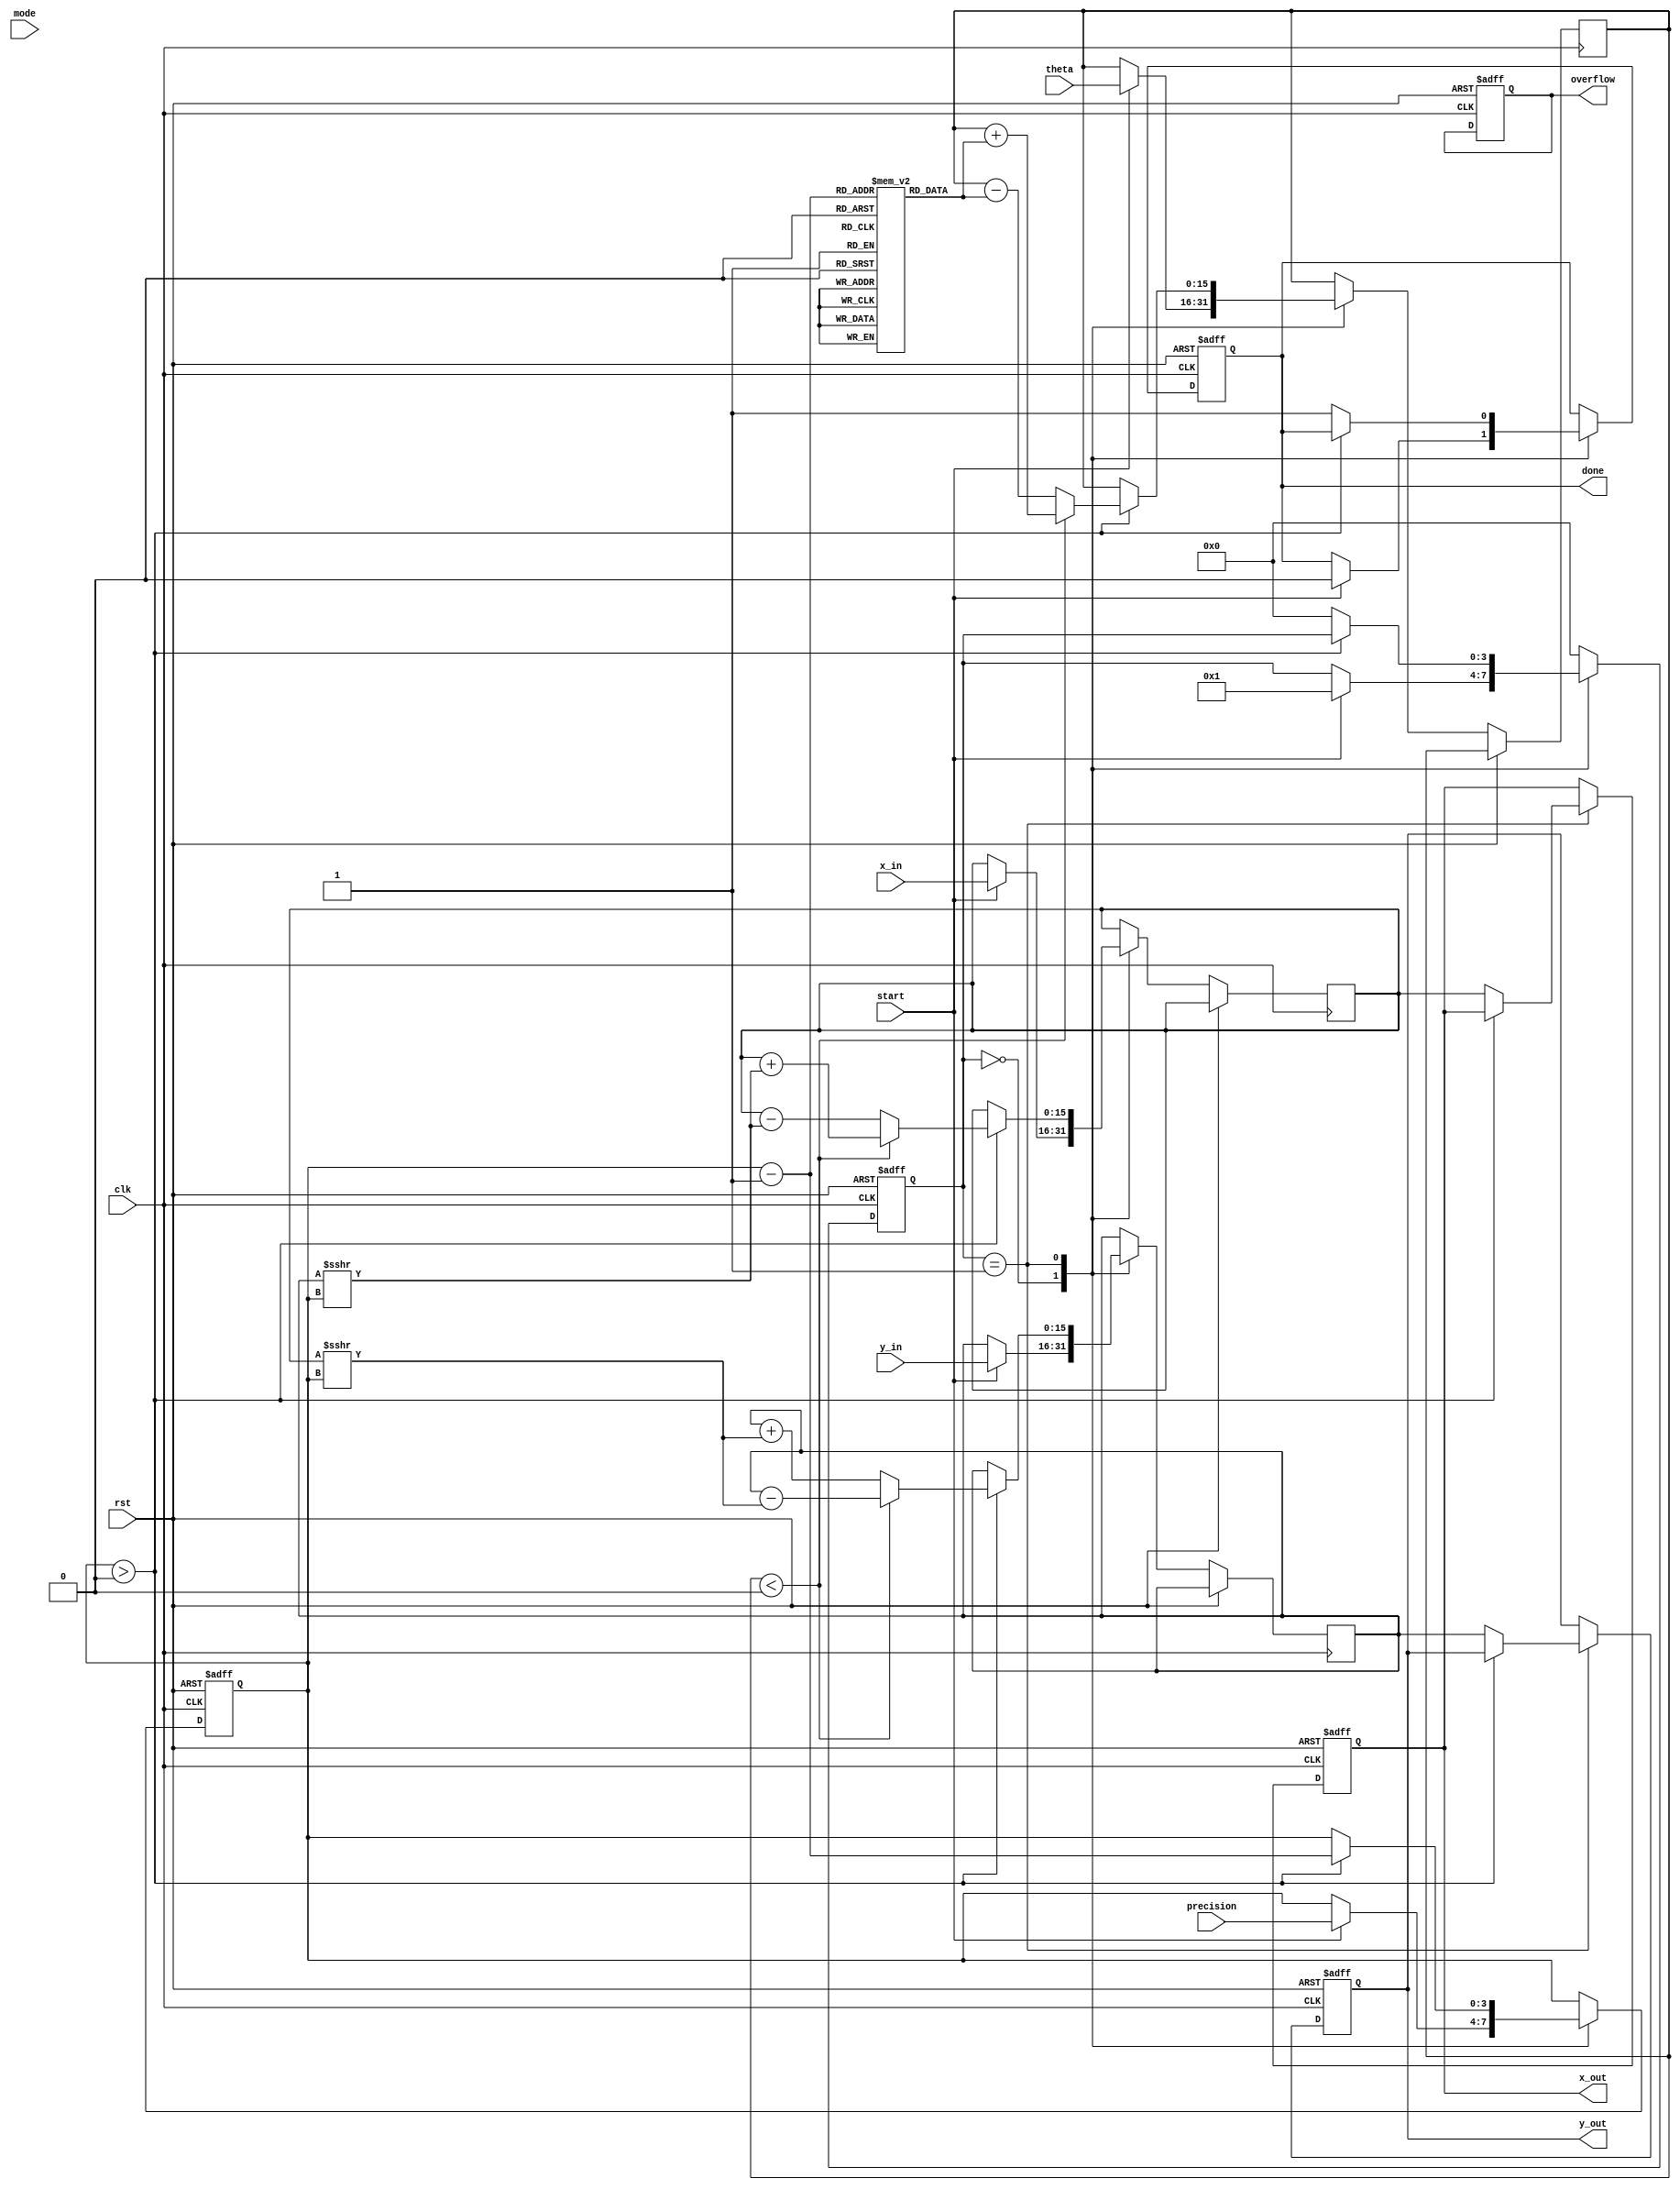
module adaptive_cordic #(
    parameter WIDTH = 16,         // Bit-width for fixed-point representation
    parameter MAX_ITERATIONS = 16  // Maximum number of CORDIC iterations
)(
    input wire clk,
    input wire rst,
    input wire [WIDTH-1:0] x_in,   // Input x coordinate
    input wire [WIDTH-1:0] y_in,   // Input y coordinate
    input wire [WIDTH-1:0] theta,   // Input angle (in radians)
    input wire [3:0] mode,          // Mode control (0: sin, 1: cos, 2: tan, etc.)
    input wire [3:0] precision,      // Precision control (number of iterations)
    input wire start,                // Start signal
    output reg [WIDTH-1:0] x_out,   // Output x coordinate
    output reg [WIDTH-1:0] y_out,   // Output y coordinate
    output reg done,                 // Operation complete flag
    output reg overflow               // Overflow flag
);

    // Internal registers
    reg [WIDTH-1:0] x_reg, y_reg, z_reg;
    reg [3:0] iteration_count;
    reg [3:0] state;
    
    // CORDIC angle lookup table (arctan(2^-i))
    reg [WIDTH-1:0] atan_table [0:MAX_ITERATIONS-1];
    
    initial begin
        // Initialize arctan values (scaled)
        atan_table[0] = 16'h26B2; // atan(1) in fixed-point
        atan_table[1] = 16'h14B0; // atan(1/2)
        atan_table[2] = 16'h0A5C; // atan(1/4)
        // ... Initialize other values as needed
    end

    // State machine for CORDIC operation
    always @(posedge clk or posedge rst) begin
        if (rst) begin
            state <= 0;
            done <= 0;
            overflow <= 0;
            iteration_count <= 0;
            x_out <= 0;
            y_out <= 0;
        end else begin
            case (state)
                0: begin // Idle state
                    if (start) begin
                        x_reg <= x_in;
                        y_reg <= y_in;
                        z_reg <= theta;
                        iteration_count <= precision; // Set iterations based on precision
                        state <= 1;
                        done <= 0;
                    end
                end
                1: begin // CORDIC iterations
                    if (iteration_count > 0) begin
                        // CORDIC rotation logic
                        if (z_reg < 0) begin
                            x_reg <= x_reg + (y_reg >>> iteration_count);
                            y_reg <= y_reg - (x_reg >>> iteration_count);
                            z_reg <= z_reg + atan_table[iteration_count - 1];
                        end else begin
                            x_reg <= x_reg - (y_reg >>> iteration_count);
                            y_reg <= y_reg + (x_reg >>> iteration_count);
                            z_reg <= z_reg - atan_table[iteration_count - 1];
                        end
                        iteration_count <= iteration_count - 1;
                    end else begin
                        // Final output assignment
                        x_out <= x_reg;
                        y_out <= y_reg;
                        done <= 1;
                        state <= 0; // Return to idle state
                    end
                end
                default: state <= 0; // Reset state
            endcase
        end
    end

endmodule